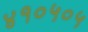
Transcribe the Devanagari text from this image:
४१०५०५